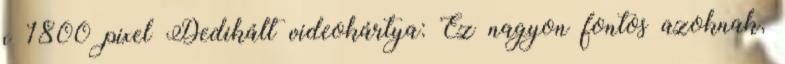
x 1800 pixel Dedikált videokártya: Ez nagyon fontos azoknak,